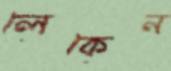
লেকেন